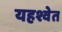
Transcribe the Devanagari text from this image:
यहश्वेत